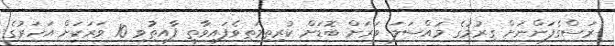
ރަސްގެފަންނަށް ގިރުމުގެ މައްސަލަ ވަރަށް ބޮޑަށް ކުރިތިމަތިވެފައިވާތީ ފާއިތުިވި 10 ވަރަކަށް އަހަރުގެ